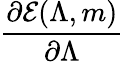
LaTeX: \frac{\partial\mathcal{E}(\Lambda,m)}{\partial\Lambda}